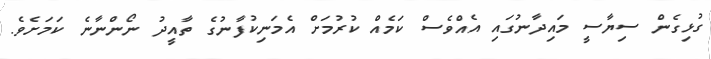
ގުޅިގެން ސިޔާސީ މައިދާނުގައި އެއްވެސް ކަމެއް ކުރުމަށް އެމަނިކުފާނުގެ ތާއީދު ނޯންނާނެ ކަމަށެވެ.